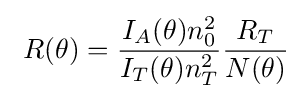
\ R(\theta )={\frac {I_{A}(\theta )n_{0}^{2}}{I_{T}(\theta )n_{T}^{2}}}{\frac {R_{T}}{N(\theta )}}